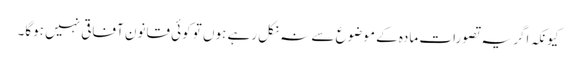
کیونکہ اگر یہ تصورات مادہ کے موضوع سے نہ نکل رہے ہوں تو کوئی قانون آفاقی نہیں ہوگا۔